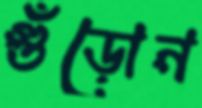
গুঁড়োন